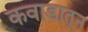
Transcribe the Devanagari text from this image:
कवाडातून